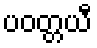
ပဝတ္တယီ